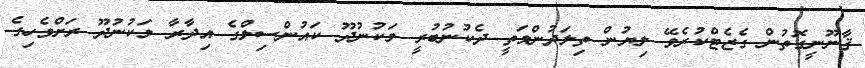
ޤާނޫނީގޮތުން ގެޒެޓްކުރެވޭ ލިޔުން ތިލަދުންމަތީ ދެކުނުބުރީ މަކުނުދޫ ކައުންސިލްގެ އިދާރާ މަކުނުދޫ ރަށްވެހިގެ